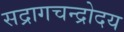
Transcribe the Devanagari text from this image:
सद्रागचन्द्रोदय